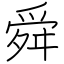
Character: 舜